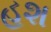
હશ